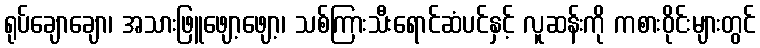
ရုပ်ချောချော၊ အသားဖြူဖျော့ဖျော့၊ သစ်ကြားသီးရောင်ဆံပင်နှင့် လူဆန်းကို ကစားဝိုင်းများတွင်